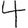
Digit: 4